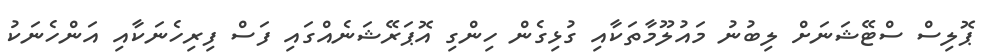
ޕޮލިސް ސްޓޭޝަނަށް ލިބުނު މައުލޫމާތަކާއި ގުޅިގެން ހިންގި އޮޕަރޭޝަނެއްގައި ފަސް ފިރިހެނަކާއި އަންހެނަކު